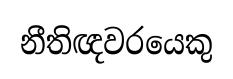
නීතිඥවරයෙකු